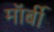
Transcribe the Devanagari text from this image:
मॉर्बी